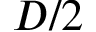
D / 2